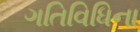
ગતિવિધિના